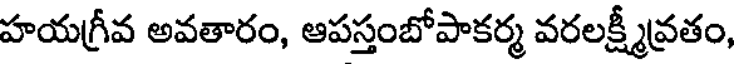
హయగ్రీవ అవతారం, ఆపస్తంబోపాకర్మ వరలక్ష్మీవ్రతం,